Problem: 11 + 46 = ?
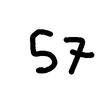
Handwritten answer: 57